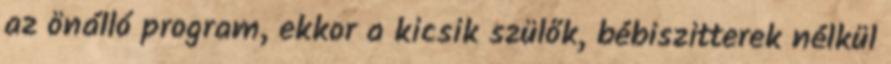
az önálló program, ekkor a kicsik szülők, bébiszitterek nélkül